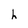
Character: h